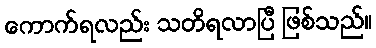
ကောက်ရလည်း သတိရလာပြီ ဖြစ်သည်။